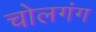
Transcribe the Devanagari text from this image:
चोलगंग